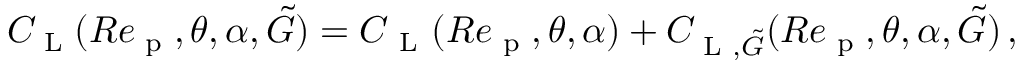
C _ { \textup { L } } ( R e _ { \textup { p } } , \theta , \alpha , \tilde { G } ) = C _ { \mathrm { ~ L ~ } } ( R e _ { \textup { p } } , \theta , \alpha ) + C _ { \textup { L } , \tilde { G } } ( R e _ { \textup { p } } , \theta , \alpha , \tilde { G } ) \, ,